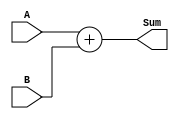
`timescale 1ns / 1ps
//////////////////////////////////////////////////////////////////////////////////
// Company: 
// Engineer: 
// 
// Design Name: 
// Module Name: rca
// Project Name: 
// Target Devices: 
// Tool Versions: 
// Description: 
// 
// Dependencies: 
// 
// Revision:
// Revision 0.01 - File Created
// Additional Comments:
// 
//////////////////////////////////////////////////////////////////////////////////
module  adder #(parameter N = 32)(input[N-1:0] A, input [N-1:0]B, output [N-1:0] Sum);
    
    assign  Sum = A+B;
    
endmodule